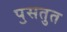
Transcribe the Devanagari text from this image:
पॖसतुत